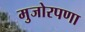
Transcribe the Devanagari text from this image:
मुजोरपणा